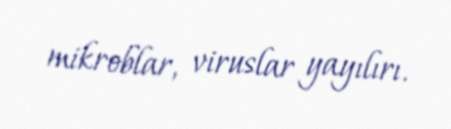
mikroblar, viruslar yayılırı.